Madras plague regulations in force outside the Presidency town - Volume 1
Disease focus: Plague
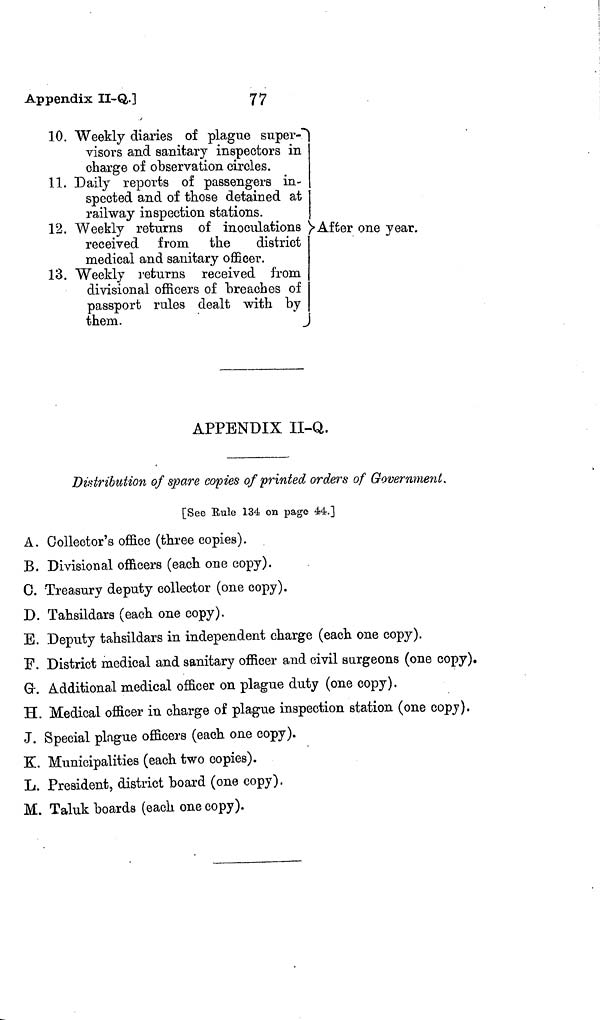
Appendix II-Q,.]
77
10. Weekly diaries of plague super-""
visors and sanitary inspectors in
charge of observation circles.
11. Daily reports of passengers in-
spected and of those detained at
railway inspection stations.
12. Weekly returns of inoculations
received from the
district
medical and sanitary officer.
13. Weekly returns received from
divisional officers of breaches of
passport rules dealt with by
them.
After one year.
APPENDIX II-Q.
Distribution of spare copies of printed orders of Government.
[See Eule 134 on pago 44.]
A. Collector's office (three copies).
B. Divisional officers (each one copy).
C. Treasury deputy collector (one copy).
D. Tahsildars (each one copy).
E. Deputy tahsildars in independent charge (each one copy).
F. District medical and sanitary officer and civil surgeons (one copy).
G-. Additional medical officer on plague duty (one copy).
H. Medical officer in charge of plague inspection station (one copy).
J. Special plague officers (each one copy).
K. Municipalities (each two copies).
L. President, district board (one copy).
M. Taluk boards (each one copy).